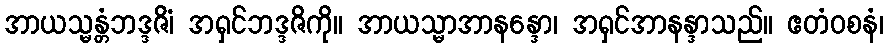
အာယသ္မန္တံဘဒ္ဒဇိံ၊ အရှင်ဘဒ္ဒဇိကို။ အာယသ္မာအာနန္ဒော၊ အရှင်အာနန္ဒာသည်။ ဧတံဝစနံ၊